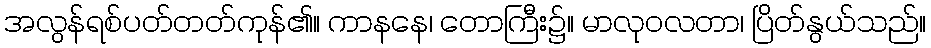
အလွန်ရစ်ပတ်တတ်ကုန်၏။ ကာနနေ၊ တောကြီး၌။ မာလုဝလတာ၊ ပြိတ်နွယ်သည်။